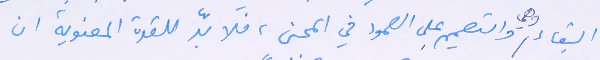
البقاء وهي والتصميم على الصمود في المحن، فلا بدّ للقوة المعنوية ان